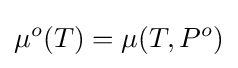
\mu ^{o}(T)=\mu (T,P^{o})